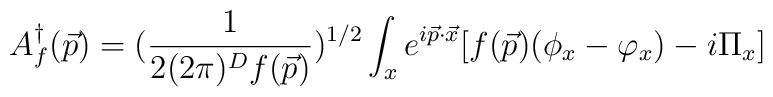
A^\dagger_f(\vec{p}) = ({\frac {1}{2(2\pi)^D f(\vec{p})}})^{1/2}\int_xe^{i\vec{p}\cdot\vec{x}}[f(\vec{p})(\phi_x - \varphi_x) - i\Pi_x]